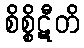
စိစ္စိဋီတိ